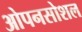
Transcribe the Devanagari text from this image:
ओपनसोशल